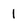
Character: 1